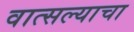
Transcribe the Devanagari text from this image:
वात्सल्याचा